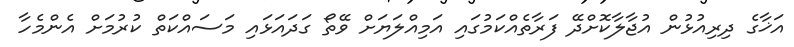
އަޚާގެ ދިރިއުޅުން އުޖާލާކޮށްދޭ ފަރާތެއްކަމުގައި އަމިއްލަޔަށް ވޭތޯ ގަދައަޅައި މަސައްކަތް ކުރުމަށް އެންމެހާ